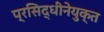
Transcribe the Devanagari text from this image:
प्रसिद्धीनेयुक्त